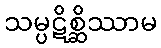
သမ္ပဋိစ္ဆိဿာမ